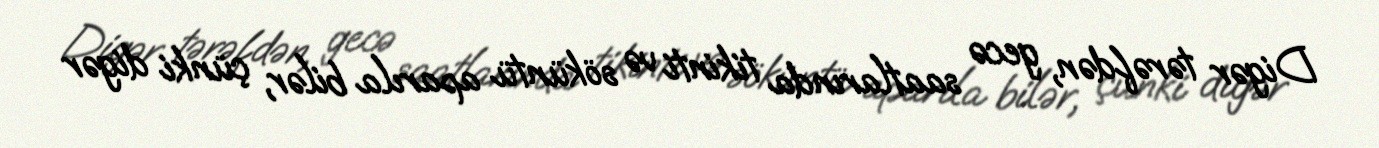
Digər tərəfdən, gecə saatlarında tikinti və söküntü aparıla bilər, çünki digər